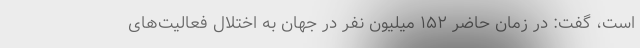
است، گفت: در زمان حاضر ۱۵۲ میلیون نفر در جهان به اختلال فعالیت‌های